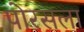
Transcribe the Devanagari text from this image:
पोरसला